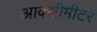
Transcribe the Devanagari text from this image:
आक्सीमीटर